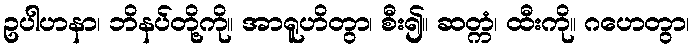
ဥပါဟနာ၊ ဘိနပ်တို့ကို။ အာရူဟိတွာ၊ စီး၍။ ဆတ္ကံ၊ ထီးကို။ ဂဟေတွာ၊